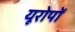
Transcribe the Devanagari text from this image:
यूरोपों